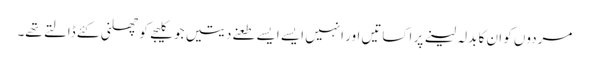
مردوں کو ان کا بدلہ لینے پر اکساتیں اور انہیں ایسے ایسے طعنے دیتیں جو کلیجے کو چھلنی کئے ڈالتے تھے۔